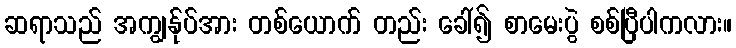
ဆရာသည် အကျွန်ုပ်အား တစ်ယောက် တည်း ခေါ်၍ စာမေးပွဲ စစ်ပြီပါကလား။